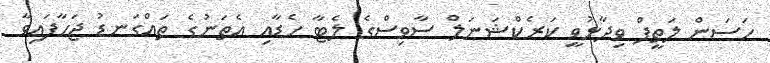
ހަސަން ލަތީފް ވިދާޅުވީ ކަރެކްޝަނަލް ސާވިސްގެ ލެޓާ ހެޑާއި އެތަނުގެ ތައްގަނޑު ޖަހާފައިވާ